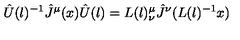
{ \hat { U } } ( l ) ^ { - 1 } { \hat { J } } ^ { \mu } ( x ) { \hat { U } } ( l ) = L ( l ) _ { \nu } ^ { \mu } { \hat { J } } ^ { \nu } ( L ( l ) ^ { - 1 } x )